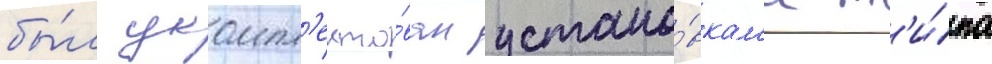
бы́л укомпл'екто́ван устано́вкам'и т'и́па